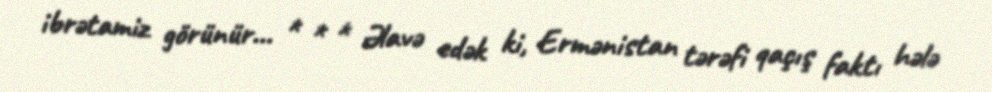
ibrətamiz görünür... * * * Əlavə edək ki, Ermənistan tərəfi qaçış faktı hələ